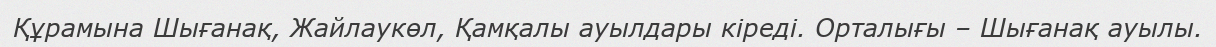
Құрамына Шығанақ, Жайлаукөл, Қамқалы ауылдары кіреді. Орталығы – Шығанақ ауылы.